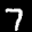
Label: 7